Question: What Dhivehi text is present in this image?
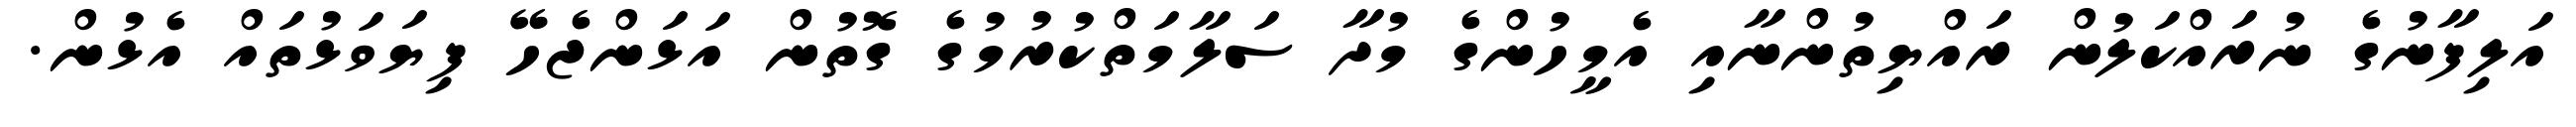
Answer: އަލިފާނުގެ ނުރައްކަލުން ރައްޔިތުންނާއި އެމީހުންގެ މުދާ ސަލާމަތްކުރުމުގެ ގޮތުން އަޅަންޖެހޭ ފިޔަވަޅުތައް އެޅުން.